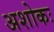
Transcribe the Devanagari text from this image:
अशोकः